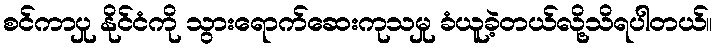
စင်ကာပှု နိုင်ငံကို သွားရောက်ဆေးကုသမှု ခံယူခဲ့တယ်လို့သိရပါတယ်။